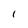
Character: 1